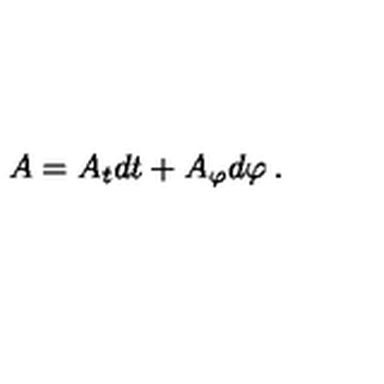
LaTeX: A = A _ { t } d t + A _ { \varphi } d { \varphi } \: .